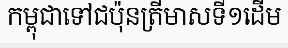
កម្ពុជាទៅជប៉ុនត្រីមាសទី១ដើម